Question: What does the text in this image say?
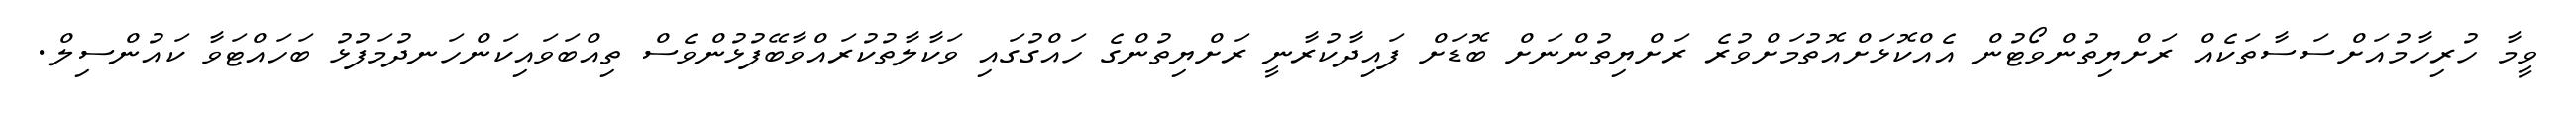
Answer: ވީމާ ހުރިހާމުއަށްސަސާތަކެއް ރަށްޔިތުންވޯޓުން އެއްކޮޅަށްއޮތުމަށްވުރެ ރަށްޔިތުންނަށް ބޮޑަށް ފައިދާކުރާނީ ރަށްޔިތުންގެ ހައްގުގައި ވަކާލާތުކުރައްވާބޭފުޅުންވެސް ތިއްބަވައިކަންހަނދުމަފުޅު ބަހައްޓަވާ ކައުންސިލް.